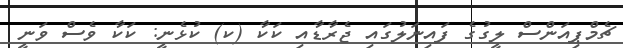
ޗެމްޕިއަންސް ލީގުގެ ފައިނަލުގައި ޖެރާޑާއި ކަކާ (ކ) ކުޅެނީ: ކަކާ ވެސް ވަނީ